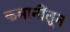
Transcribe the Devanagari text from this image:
कमानींतून